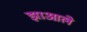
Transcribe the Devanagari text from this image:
झाआले